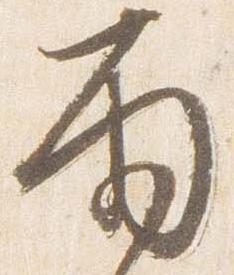
雨